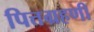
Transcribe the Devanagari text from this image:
पित्तग्रहणी